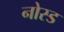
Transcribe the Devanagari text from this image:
नोस्ड